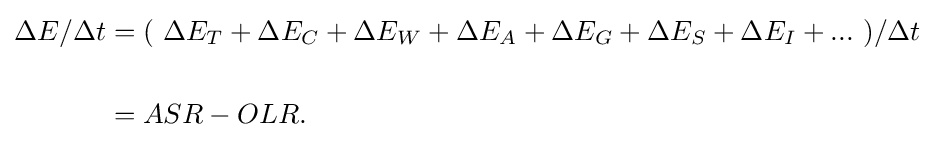
{\begin{aligned}\Delta E/\Delta t&=(\ \Delta E_{T}+\Delta E_{C}+\Delta E_{W}+\Delta E_{A}+\Delta E_{G}+\Delta E_{S}+\Delta E_{I}+...\ )/\Delta t\\\\&=ASR-OLR.\end{aligned}}